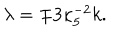
\lambda = \mp 3 \kappa _ { 5 } ^ { - 2 } k .